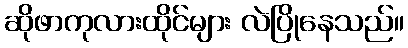
ဆိုဖာကုလားထိုင်များ လဲပြိုနေသည်။